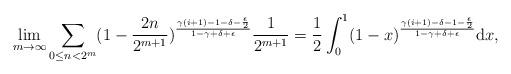
LaTeX: \begin{align*} \lim_{m\rightarrow\infty}\sum_{0\leq n<2^{m}}(1-\frac{2n}{2^{m+1}})^{\frac{\gamma(i+1)-1-\delta-\frac{\epsilon}{2}}{1-\gamma+\delta+\epsilon}}\frac{1}{2^{m+1}}=\frac{1}{2}\int_{0}^{1}(1-x)^{\frac{\gamma(i+1)-\delta-1-\frac{\epsilon}{2}}{1-\gamma+\delta+\epsilon}}\mathrm{d} x,\end{align*}